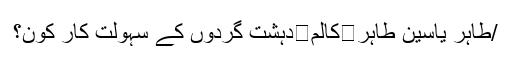
/طاہر یاسین طاہر	کالم	دہشت گردوں کے سہولت کار کون؟